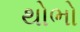
થોભો